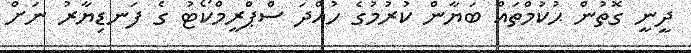
ދީނީ ގޮތުން ޙުކުމްތައް ބަޔާން ކުރުމުގެ ހުއްދަ ސްޕްރީމްކޯޓު ގެ ފަނޑިޔާރު ނަށް